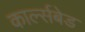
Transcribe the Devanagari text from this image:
कार्ल्सबेड